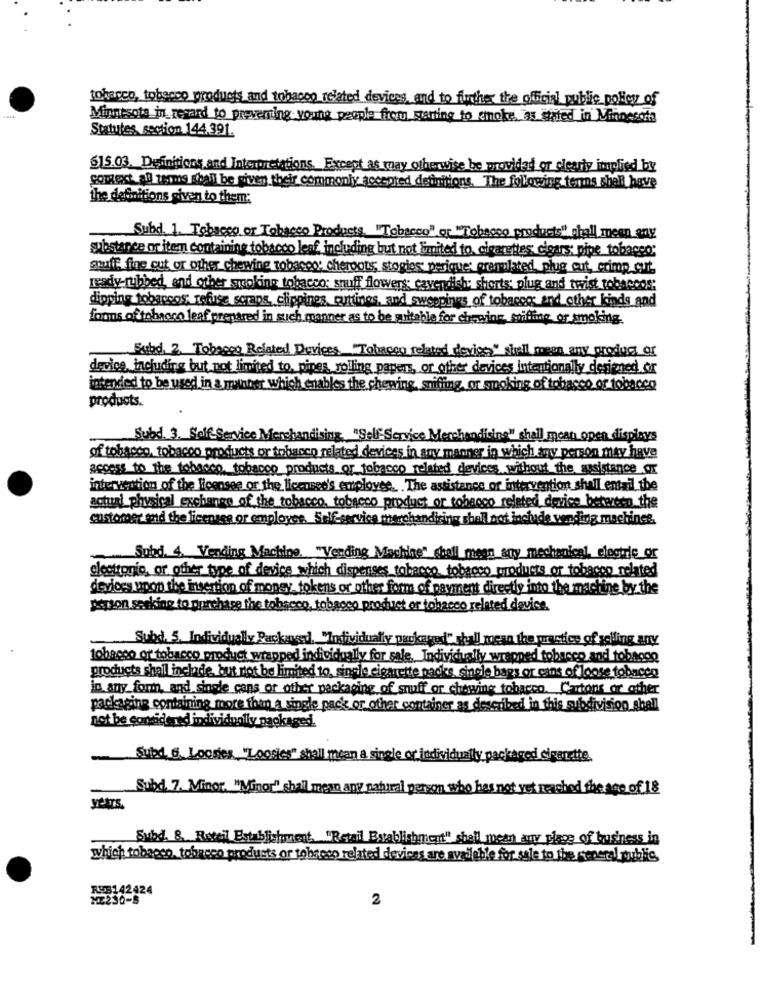
tobacco, tobacco products and tobacco related devices, and to further the official public policy of
Minnesota _in_ revand to preventing young people from starting to smoke as chited in Minnesota
Statutes section 144.391.
615.03. Definitions and Interpretations. Except as may otherwise be provided or clearly implied by
comest all terms shall be given their commonly accepted definitions. The following terms shall have
the definitions given to them;
Subd. 1. Tobacco or Tobacco Products. "Tobacco" or "Tobacco products" shall meen any
substance or item containing tobacco leaf including but not limited to, cigarettes cigars: pipe tobacco;
stuff fine cut or other chewing tobacco; cheroots; stogies periques premplated, plug out, crimp cut.
ready-rubbed and other smoking tobacco: snuff flowers cavendish; shorts plug and twist tobaccos
dipping tobaccos; refuse scraps, ciippines, cuttings, and sweepings of tobacco; and other kinds and
forms of tobacco leaf prepared in such manner as to be suitable for chewing, smifling or smoking.
Subd. 2. Tobacco Related Devices. "Tobacco related devise" shall mean any product or
device including but not limited to pines rolling papers, or other devices intentionally designed or
intended to be used in a minner which enables the chewing, sniffing, or smoking of tobacco or tobacco
products.
Subd. 3. Self-Service Merchandising "Self Service Merchandising" shall mean open displays
of tobacco, tobacco products or tobacco related devices in any manner in which any person may have
access to the tobacco, tobacco products or tobacco related devices without the assistance ox
intervention of the licensee or the licensed's employee .. . The assistance of intervention shall entail the
actual_physical exchange of the tobacco, tobacco product or tobacco related device between the
customer and the licensee or employee. Self-service merchandising shall not include vending machines,
Subd. 4. Vending Machine. "Vending Machine" (holl mean any mechanical, clogtrie or
electtonio, or other type of device which dispenses tobacco, tobacco products or tobacco related
devices upon the insertion of money, tokens or other form of payment directly into the machine by the
person seeking to purchase the tobacco, tobacco product or tobacco related device
Subd. 5. Individually Packaved, "Individually packaged" shall mean the practice of seiling any
tobacco or tobacco product wrapped individually for sale. Indivicially wrapped tobacco and tobagoo
products shall include, but not be limited to, single cigarette packs single bags or cans of loose tobacco
in any form, and single cans or other packaoin
of stuff or chewing tobacco. Cartons or other
packaging containing more than a single pack or other container as described in this subdivision shell
not be considered individually packaged.
Subd. 6. Loones "Loories" shall mean a single or individually packaged cigarette
Subd. 7. Minor. "Minor" shall mean any natural person who has not yet reached the age of 18
years.
Subd. & Retail Establishment. "Retail Establishment" shall mean any place of business in
which tobacco, tobacco products or tobroso related devices are available for sale to the general public,
RUB142424
2